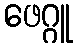
ဖေဂ္ဂူ